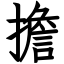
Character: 擔